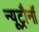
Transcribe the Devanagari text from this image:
न्यूट्रौनों